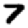
Digit: 7